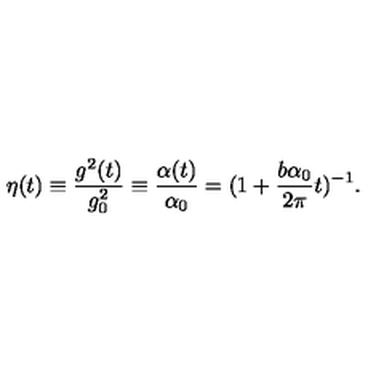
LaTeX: \eta ( t ) \equiv { \frac { g ^ { 2 } ( t ) } { g _ { 0 } ^ { 2 } } } \equiv { \frac { \alpha ( t ) } { \alpha _ { 0 } } } = ( 1 + { \frac { b \alpha _ { 0 } } { 2 \pi } } t ) ^ { - 1 } .